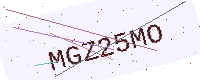
Text: MGZ25MO